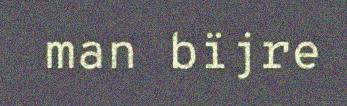
man bïjre